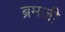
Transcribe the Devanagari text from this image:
ब्रमजी